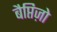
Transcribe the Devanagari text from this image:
बैप्तिज़ो